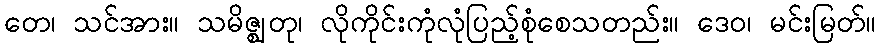
တေ၊ သင်အား။ သမိဇ္ဈတု၊ လိုကိုင်းကုံလုံပြည့်စုံစေသတည်း။ ဒေဝ၊ မင်းမြတ်။